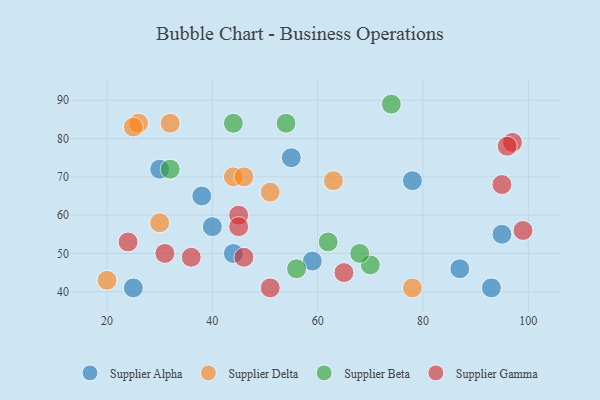
{"axis": {"x": "GDP", "y": "Life Expectancy"}, "legend": ["Supplier Alpha", "Supplier Beta", "Supplier Delta", "Supplier Gamma"], "data": [{"x": "78", "y": 69, "type": "Supplier Alpha"}, {"x": "44", "y": 50, "type": "Supplier Alpha"}, {"x": "93", "y": 41, "type": "Supplier Alpha"}, {"x": "40", "y": 57, "type": "Supplier Alpha"}, {"x": "25", "y": 41, "type": "Supplier Alpha"}, {"x": "87", "y": 46, "type": "Supplier Alpha"}, {"x": "95", "y": 55, "type": "Supplier Alpha"}, {"x": "38", "y": 65, "type": "Supplier Alpha"}, {"x": "30", "y": 72, "type": "Supplier Alpha"}, {"x": "55", "y": 75, "type": "Supplier Alpha"}, {"x": "59", "y": 48, "type": "Supplier Alpha"}, {"x": "44", "y": 70, "type": "Supplier Delta"}, {"x": "30", "y": 58, "type": "Supplier Delta"}, {"x": "20", "y": 43, "type": "Supplier Delta"}, {"x": "26", "y": 84, "type": "Supplier Delta"}, {"x": "63", "y": 69, "type": "Supplier Delta"}, {"x": "51", "y": 66, "type": "Supplier Delta"}, {"x": "25", "y": 83, "type": "Supplier Delta"}, {"x": "78", "y": 41, "type": "Supplier Delta"}, {"x": "46", "y": 70, "type": "Supplier Delta"}, {"x": "32", "y": 84, "type": "Supplier Delta"}, {"x": "56", "y": 46, "type": "Supplier Beta"}, {"x": "70", "y": 47, "type": "Supplier Beta"}, {"x": "54", "y": 84, "type": "Supplier Beta"}, {"x": "68", "y": 50, "type": "Supplier Beta"}, {"x": "32", "y": 72, "type": "Supplier Beta"}, {"x": "44", "y": 84, "type": "Supplier Beta"}, {"x": "74", "y": 89, "type": "Supplier Beta"}, {"x": "62", "y": 53, "type": "Supplier Beta"}, {"x": "95", "y": 68, "type": "Supplier Gamma"}, {"x": "45", "y": 60, "type": "Supplier Gamma"}, {"x": "45", "y": 57, "type": "Supplier Gamma"}, {"x": "24", "y": 53, "type": "Supplier Gamma"}, {"x": "97", "y": 79, "type": "Supplier Gamma"}, {"x": "65", "y": 45, "type": "Supplier Gamma"}, {"x": "99", "y": 56, "type": "Supplier Gamma"}, {"x": "46", "y": 49, "type": "Supplier Gamma"}, {"x": "36", "y": 49, "type": "Supplier Gamma"}, {"x": "31", "y": 50, "type": "Supplier Gamma"}, {"x": "51", "y": 41, "type": "Supplier Gamma"}, {"x": "96", "y": 78, "type": "Supplier Gamma"}]}